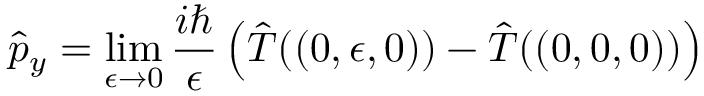
{ \hat { p } } _ { y } = \operatorname* { l i m } _ { \epsilon \rightarrow 0 } { \frac { i \hbar } { \epsilon } } \left( { \hat { T } } ( ( 0 , \epsilon , 0 ) ) - { \hat { T } } ( ( 0 , 0 , 0 ) ) \right)